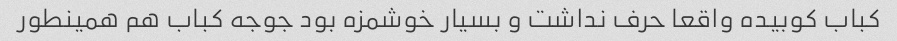
کباب کوبیده واقعا حرف نداشت و بسیار خوشمزه بود جوجه کباب هم همینطور